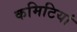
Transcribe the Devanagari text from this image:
कमिटियां